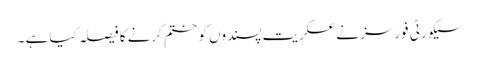
سیکورٹی فورسز نے عسکریت پسندوں کو ختم کرنے کا فیصلہ کیا ہے ۔